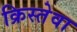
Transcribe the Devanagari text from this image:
क्रिस्तेवा